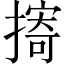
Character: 㨳